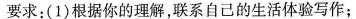
要求：(1)根据你的理解，联系自己的生活体验写作；